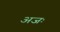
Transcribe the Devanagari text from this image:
अजः